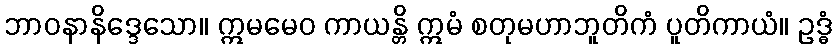
ဘာဝနာနိဒ္ဒေသော။ ဣမမေဝ ကာယန္တိ ဣမံ စတုမဟာဘူတိကံ ပူတိကာယံ။ ဥဒ္ဓံ